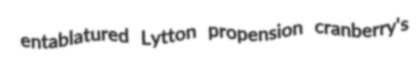
entablatured Lytton propension cranberry's